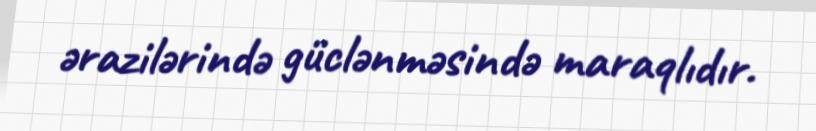
ərazilərində güclənməsində maraqlıdır.